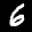
Label: 6